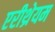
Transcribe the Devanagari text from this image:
एरीथ्रेयम